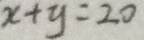
x + y = 2 0